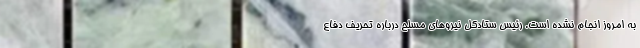
به امروز انجام نشده است. رئیس ستادکل نیروهای مسلح درباره تحریف دفاع